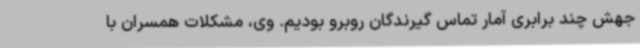
جهش چند برابری آمار تماس گیرندگان روبرو بودیم. وی، مشکلات همسران با